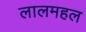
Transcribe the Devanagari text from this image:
लालमहल